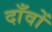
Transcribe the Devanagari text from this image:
दाँवों